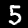
Digit: 5